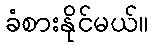
ခံစားနိုင်မယ်။